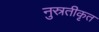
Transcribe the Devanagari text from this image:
नुस्रतीकृत